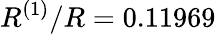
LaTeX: R^{(1)}/R=0.11969